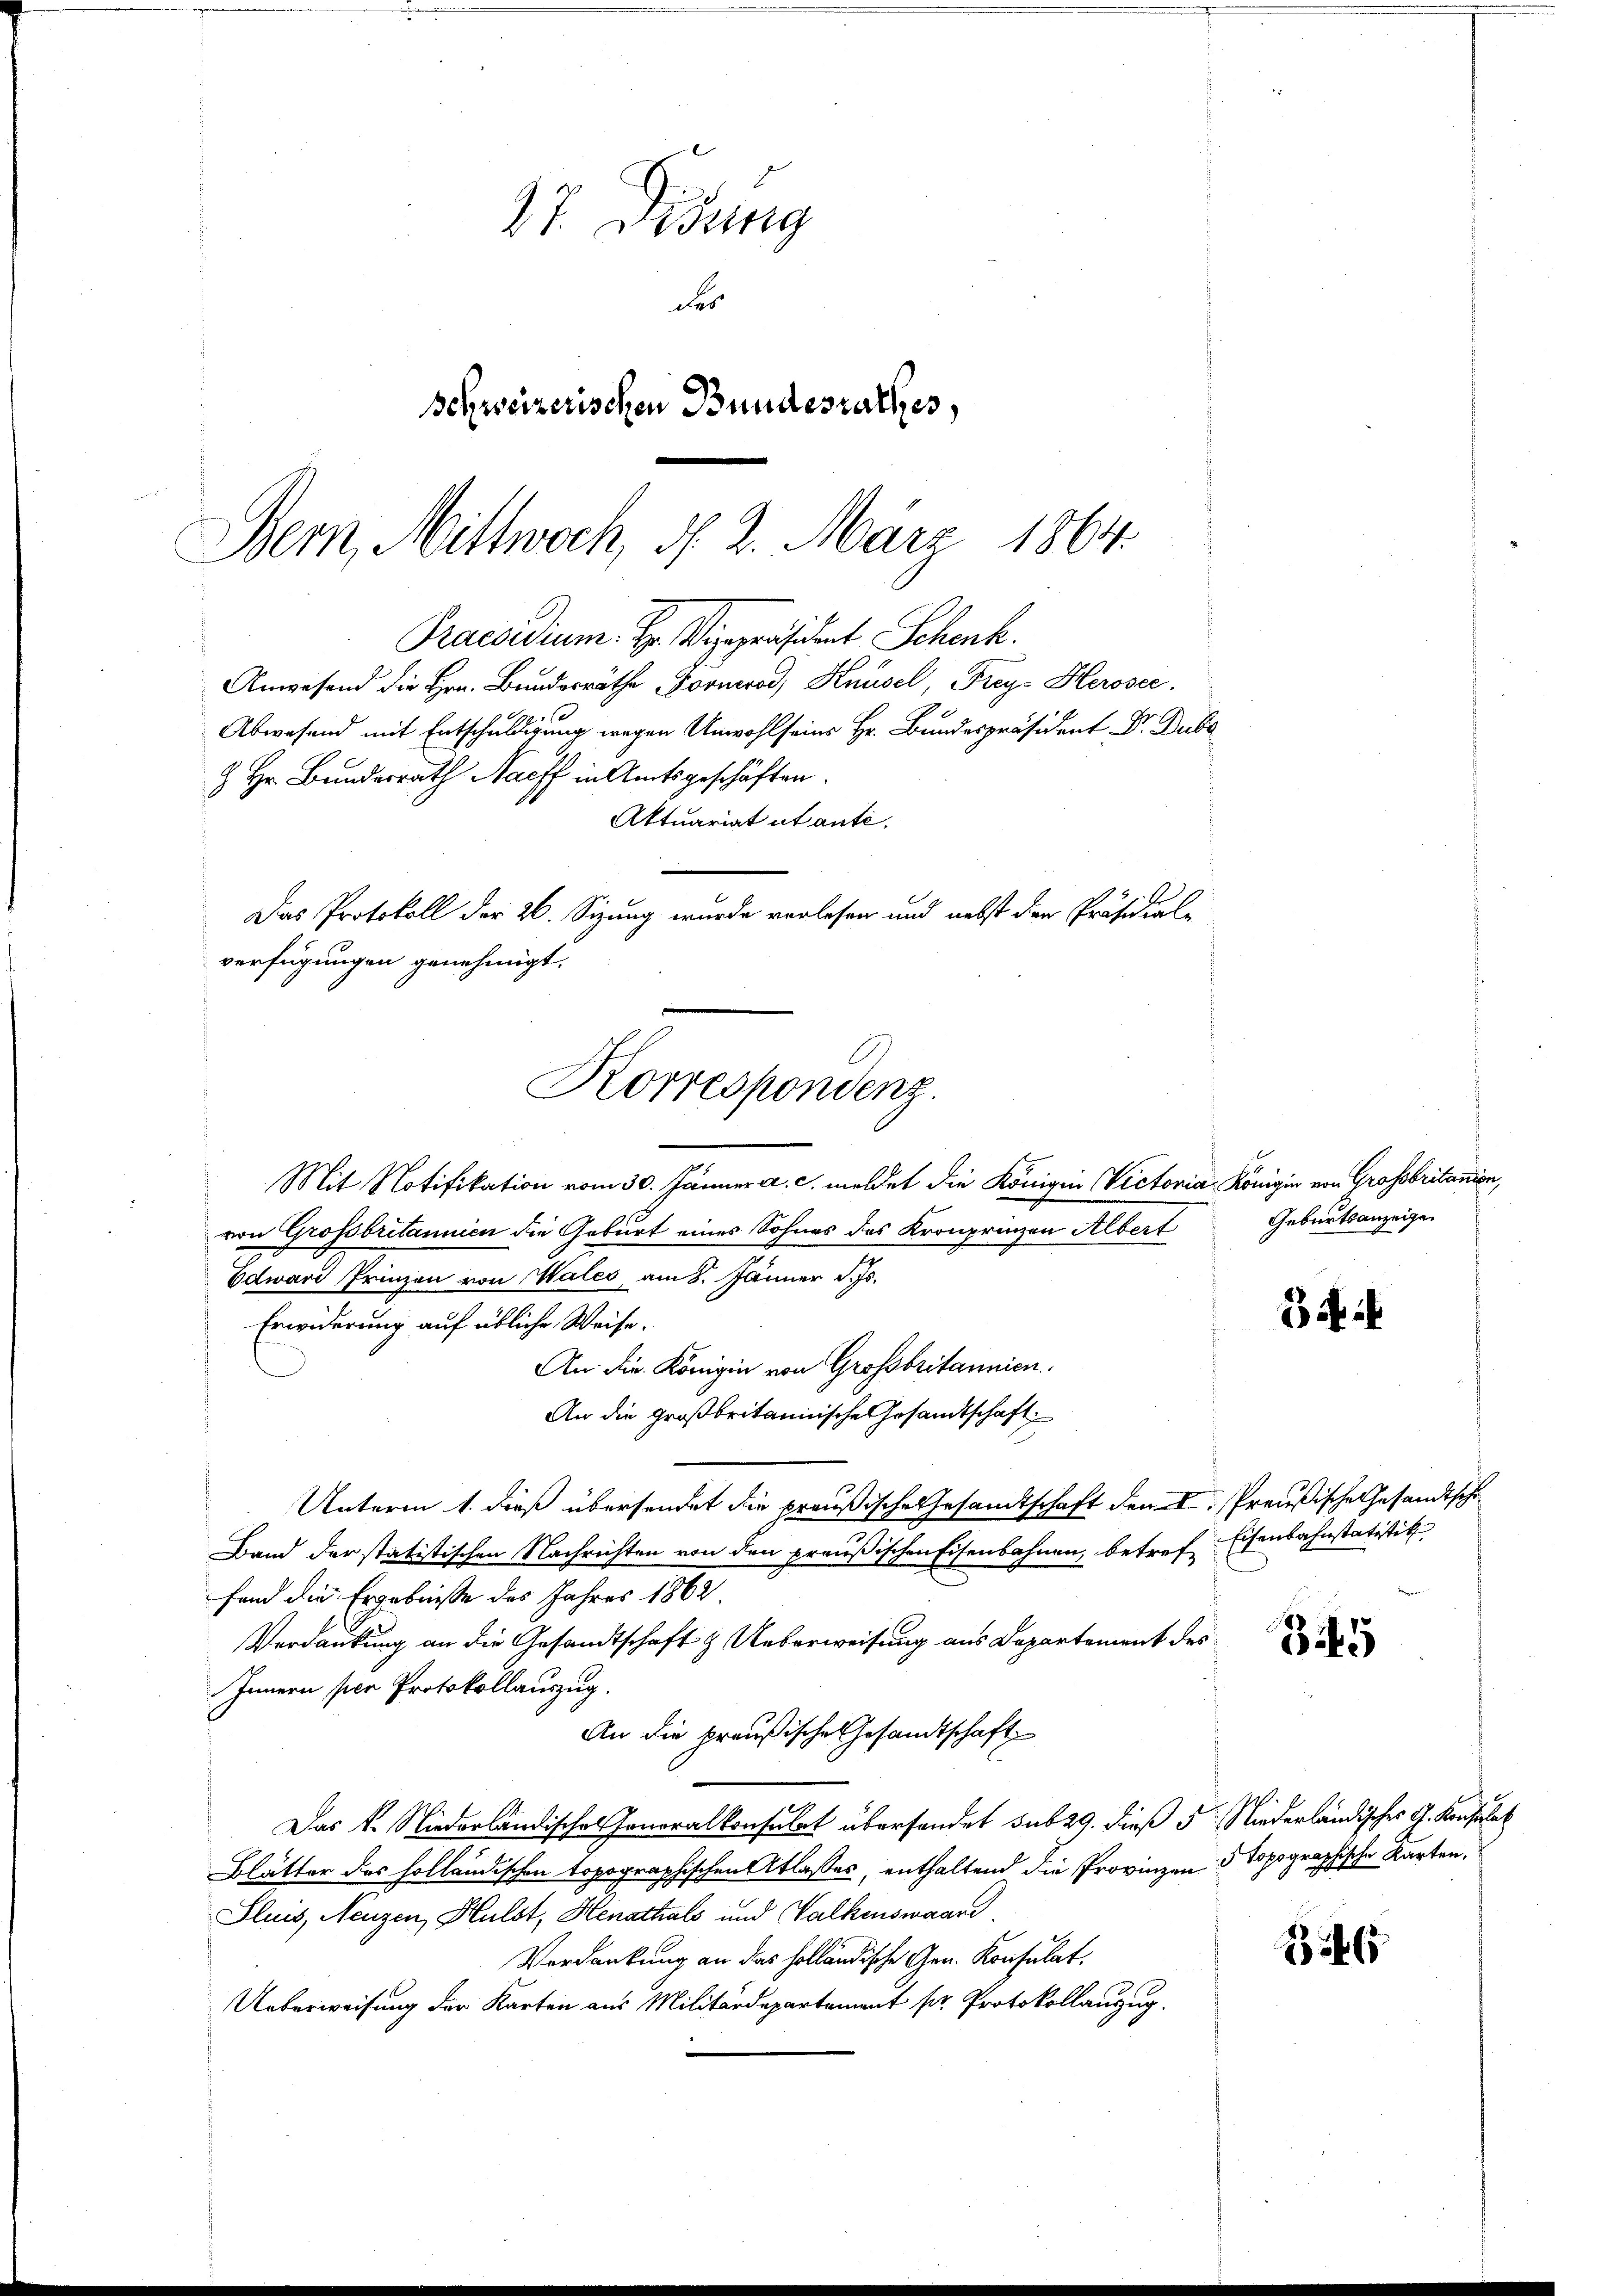
Z. 7. Bösig
der
Schweizerischen Bundesrathes,

Bern, Mittwoch, d. 2. März 1864.
Praesidium. Hr. Vizepräsident Schenk.

Anwesend die Hrn. Bundesräthe Forneros, Knüsel, Frey- Herosec
x
Abwesend mit Entschuldigung wegen Unwohl seines Hr. Bundespräsident Dr. Dubo
 Hr. Bundesrath Naeff in Amtsgeschäften.
Aktuariat ut ante.
Das Protokoll der 26. Sizung wurde vorlesen und nebst den Präsidial-
verfügungen genehmigt.

Korrespondenz.

Mit Notifikation vom 30. Jänner a. c. meldet die Königin Victoria Königin von Grossbritanien,
von Grossbritannien die Geburt eines Sohnes des Kronprinzen Albert
Edward Prinzen von Wales am 8. Jänner d. Js.
Erwiderung auf übliche Weise.
An die Königin von Grossbritannien
An die großbritannische Gesandtschaft
Unterm 1. dieß übersendet die preußische Gesandtschaft den 1. Preußische Gesandtsch
Band der statistischen Nachrichten von den preußischen Eisenbahnen, betref Eisenbahnstatitik
fend die Ergebnisse des Jahres 1862
Verdankung an die Gesandtschaft & Ueberweisung aus Departement des
Innern per Protokollauszug.
An die preußische Gesandtschaft
Das k. Niederländisches Joneralkonsulat übersendet sub 29. dieß 5 Niederländisches G. Konsulat
Blätter des holländischen topographischen Atlasses, enthaltend die Provinzen 5 topographische Karten,
Fluis, Neuzen, Hulst, Henathals und Walkenswaand
Verdankung an das holländische Gen. Konsulat
Ueberweisung der Karten aus Militärdepartement pr. Protokollanzug.

Geburtsanzeigen

54

345

15